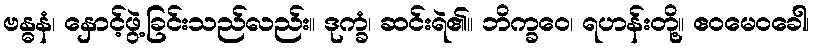
ဗန္ဓနံ၊ နှောင့်ဖွဲ့ခြင်းသည်လည်း။ ဒုက္ခံ၊ ဆင်းရဲ၏။ ဘိက္ခဝေ၊ ရဟန်းတို့။ ဧဝမေဝခေါ၊